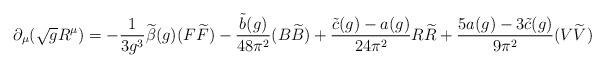
LaTeX: \begin{align*} \partial_{\mu} (\sqrt{g} R^{\mu}) = - \frac{1}{3g^3} \widetilde{\beta} (g) (F \widetilde{F}) - \frac{\tilde{b}(g)}{48\pi^2} (B \widetilde{B}) + \frac{\tilde{c} (g) - a(g)}{24 \pi^2} R \widetilde{R} + \frac{5a(g) - 3 \tilde{c} (g)}{9 \pi^2} (V \widetilde{V})\end{align*}